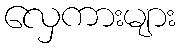
လှေကားများ